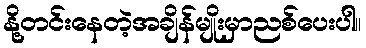
နို့တင်းနေတဲ့အချိန်မျိုးမှာညစ်ပေးပါ။